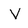
Character: V